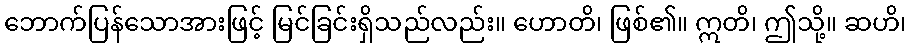
ဘောက်ပြန်သောအားဖြင့် မြင်ခြင်းရှိသည်လည်း။ ဟောတိ၊ ဖြစ်၏။ ဣတိ၊ ဤသို့။ ဆဟိ၊